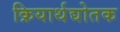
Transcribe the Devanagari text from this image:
क्रियार्थद्योतक